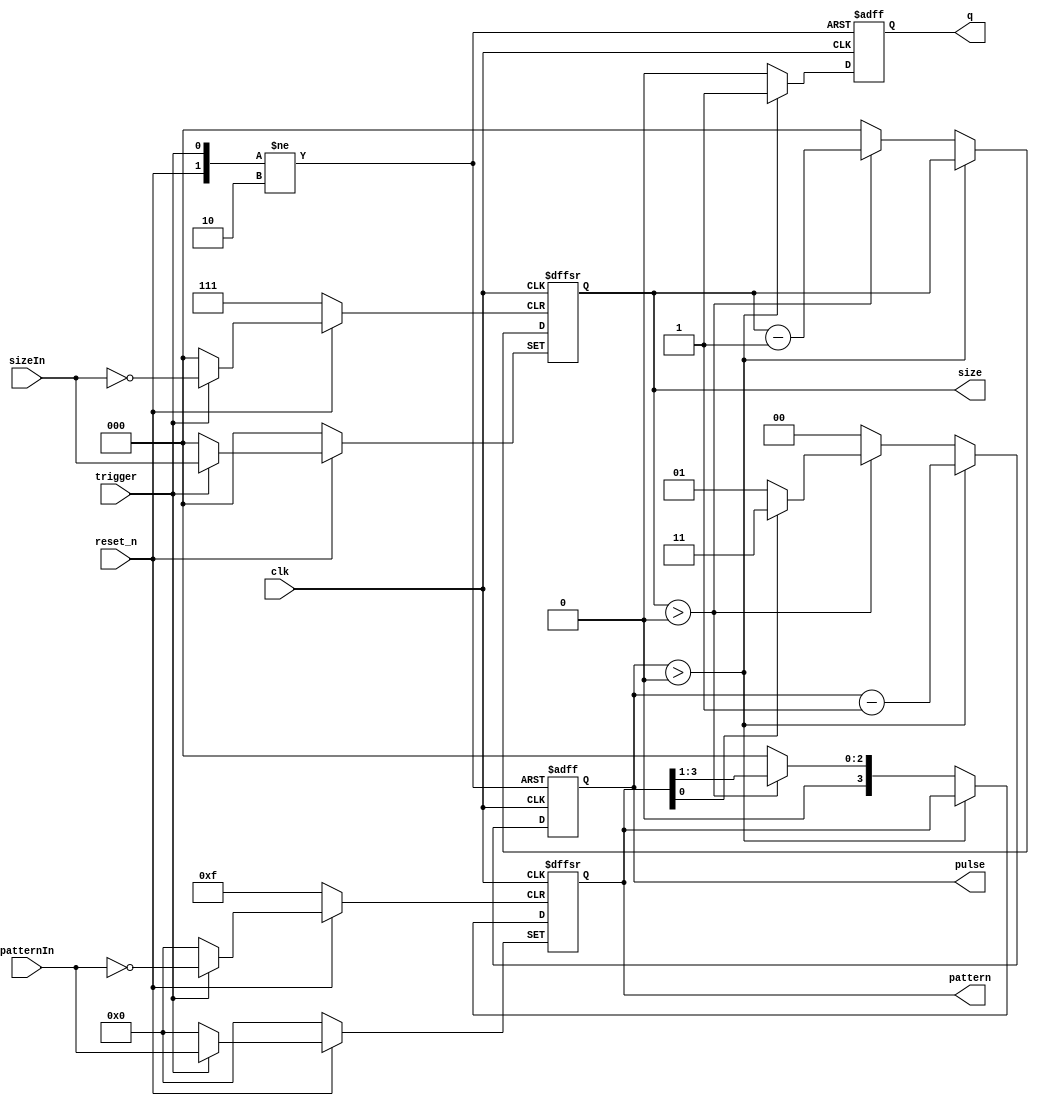
module PulseShifter(
    input trigger,
    input reset_n,
    input [2:0] sizeIn,
    input [3:0] patternIn,
    input clk,
    output reg q,
    output reg [2:0] size,
    output reg [3:0] pattern,
    output reg [1:0] pulse);
       
    always @(posedge clk or negedge reset_n or posedge trigger)
    begin
        if(~reset_n)
        begin
            size    <= 'b0;
            pattern <= 'b0;
            pulse   <= 'b0;
            q       <= 'b0;
        end
        
        else if(trigger)
        begin
            size    <= sizeIn;
            pattern <= patternIn;
            pulse   <= 'b0;
            q       <= 'b0;
        end
        
        else if(pulse > 2'b00)
        begin
            q       <= 'b1;
            pulse   <= pulse - 1'b1;
            size    <= size;
            pattern <= pattern;
        end
        
        else if(size > 3'b000)
        begin
            size    <= size - 1'b1;
            pulse   <= pattern[0] ? 2'd3 : 2'd1;
            pattern <= {1'b0, pattern[3:1]};
            q       <= 'b0;
        end
        
        else
        begin
            size    <= 'b0;
            pattern <= 'b0;
            q       <= 'b0;
            pulse   <= 'b0;
        end
    end
endmodule